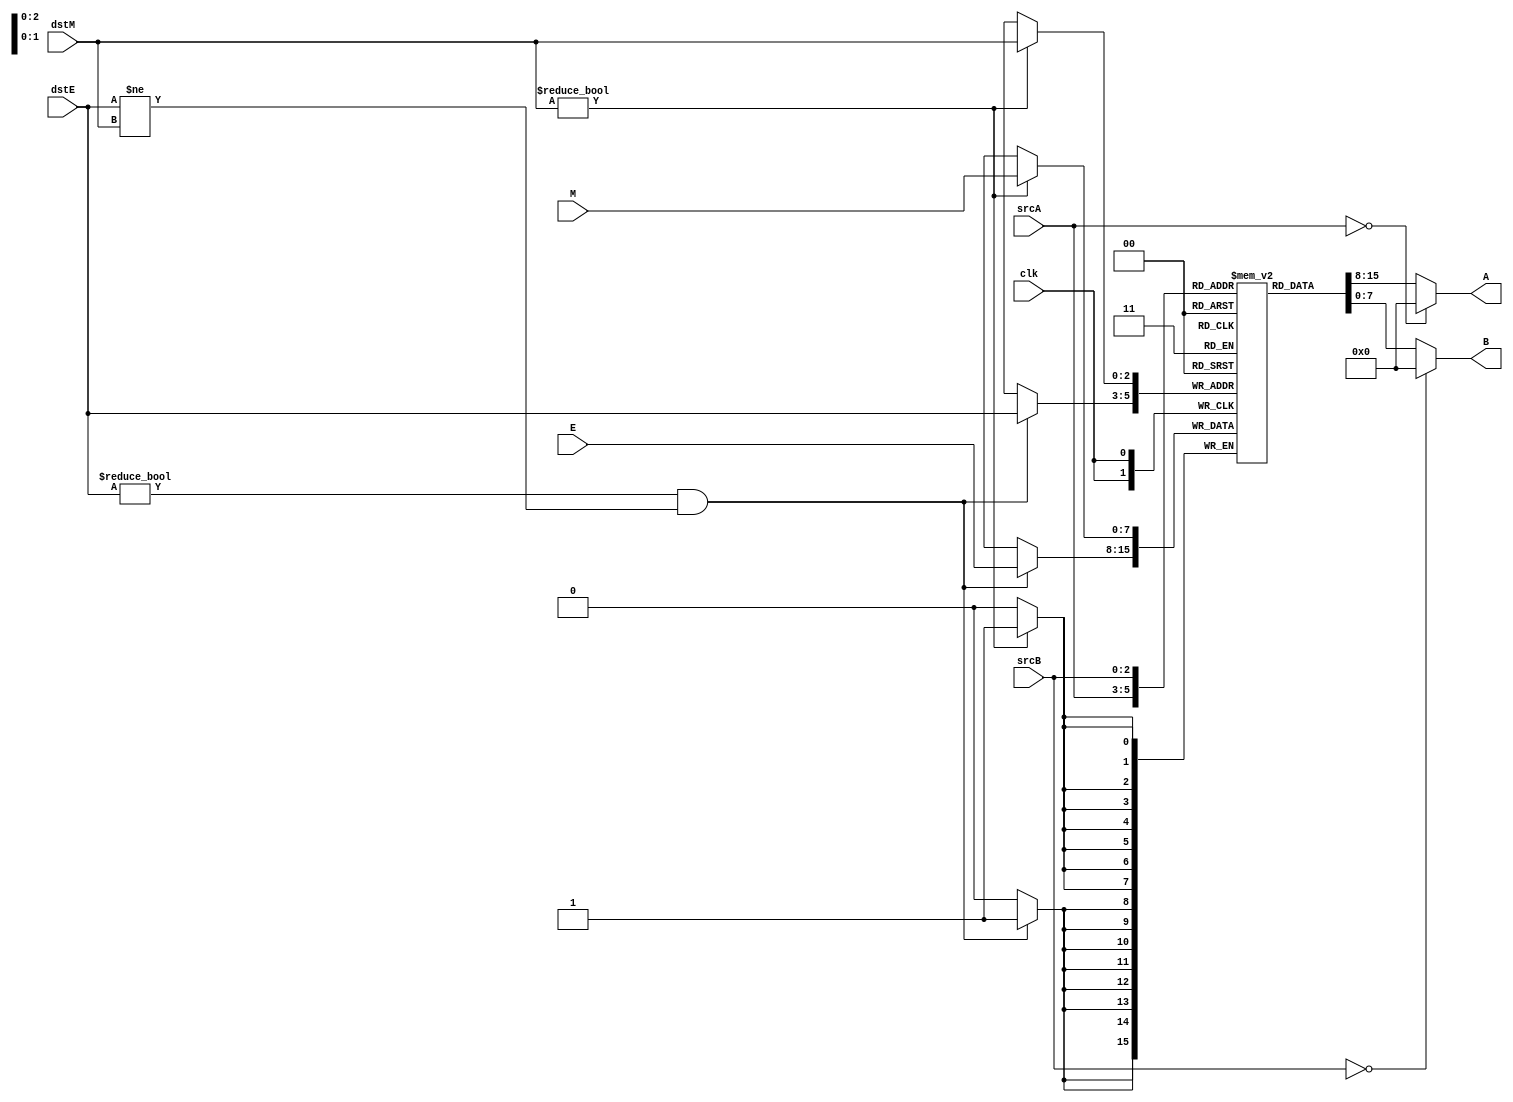
module REGFILE(
	input wire [2:0] srcA,
	input wire [2:0] srcB,
	output wire [7:0] A,
	output wire [7:0] B,
	input wire [2:0] dstM,   //M
	input wire [2:0] dstE,   //E
	input wire [7:0] M,			
	input wire [7:0] E,
	input wire clk	
);

	reg [7:0] rf [0:7];

//
	assign A = (srcA==3'b000)? 8'h00 : rf[srcA];  //srcA0(R00)
	assign B = (srcB==3'o0)? 8'h00 : rf[srcB]; //
	
//
	always @(posedge clk) 
    begin
		if(dstM!=3'o0) //0(R0)
            rf[dstM] <= M;					
		if(dstE!=3'o0 && dstE!=dstM)  //(POP)M(EXP)
            rf[dstE] <= E;		
	end
endmodule